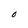
Character: O